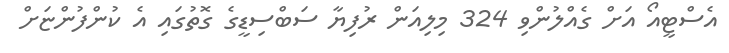
އެސްޓީއޯ އަށް ގެއްލުންވި 324 މިލިއަން ރުފިޔާ ސަބްސިޑީގެ ގޮތުގައި އެ ކުންފުންޏަށް